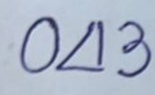
043